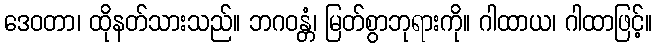
ဒေဝတာ၊ ထိုနတ်သားသည်။ ဘဂဝန္တံ၊ မြတ်စွာဘုရားကို။ ဂါထာယ၊ ဂါထာဖြင့်။